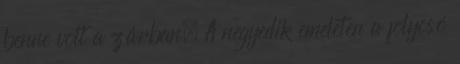
benne volt a zárban. A negyedik emeleten a folyosó